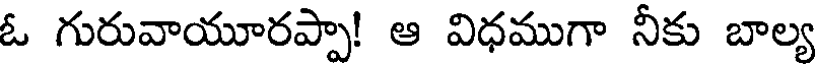
ఓ గురువాయూరప్పా! ఆ విధముగా నీకు బాల్య